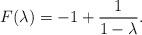
LaTeX: \begin{align*}F(\lambda)= -1 + \frac{1}{1-\lambda} .\end{align*}